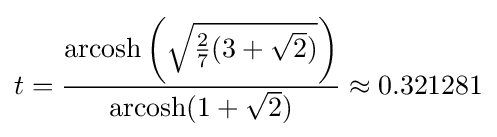
t={\frac {\operatorname {\rm {arcosh}} \left({\sqrt {{\tfrac {2}{7}}(3+{\sqrt {2}})}}\right)}{\operatorname {\rm {arcosh}} (1+{\sqrt {2}})}}\approx 0.321281